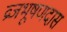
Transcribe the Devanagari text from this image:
व्रजभूषणदास